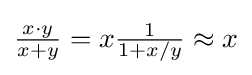
{\tfrac {x\cdot y}{x+y}}=x{\tfrac {1}{1+x/y}}\approx x